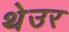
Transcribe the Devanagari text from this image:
थेउर